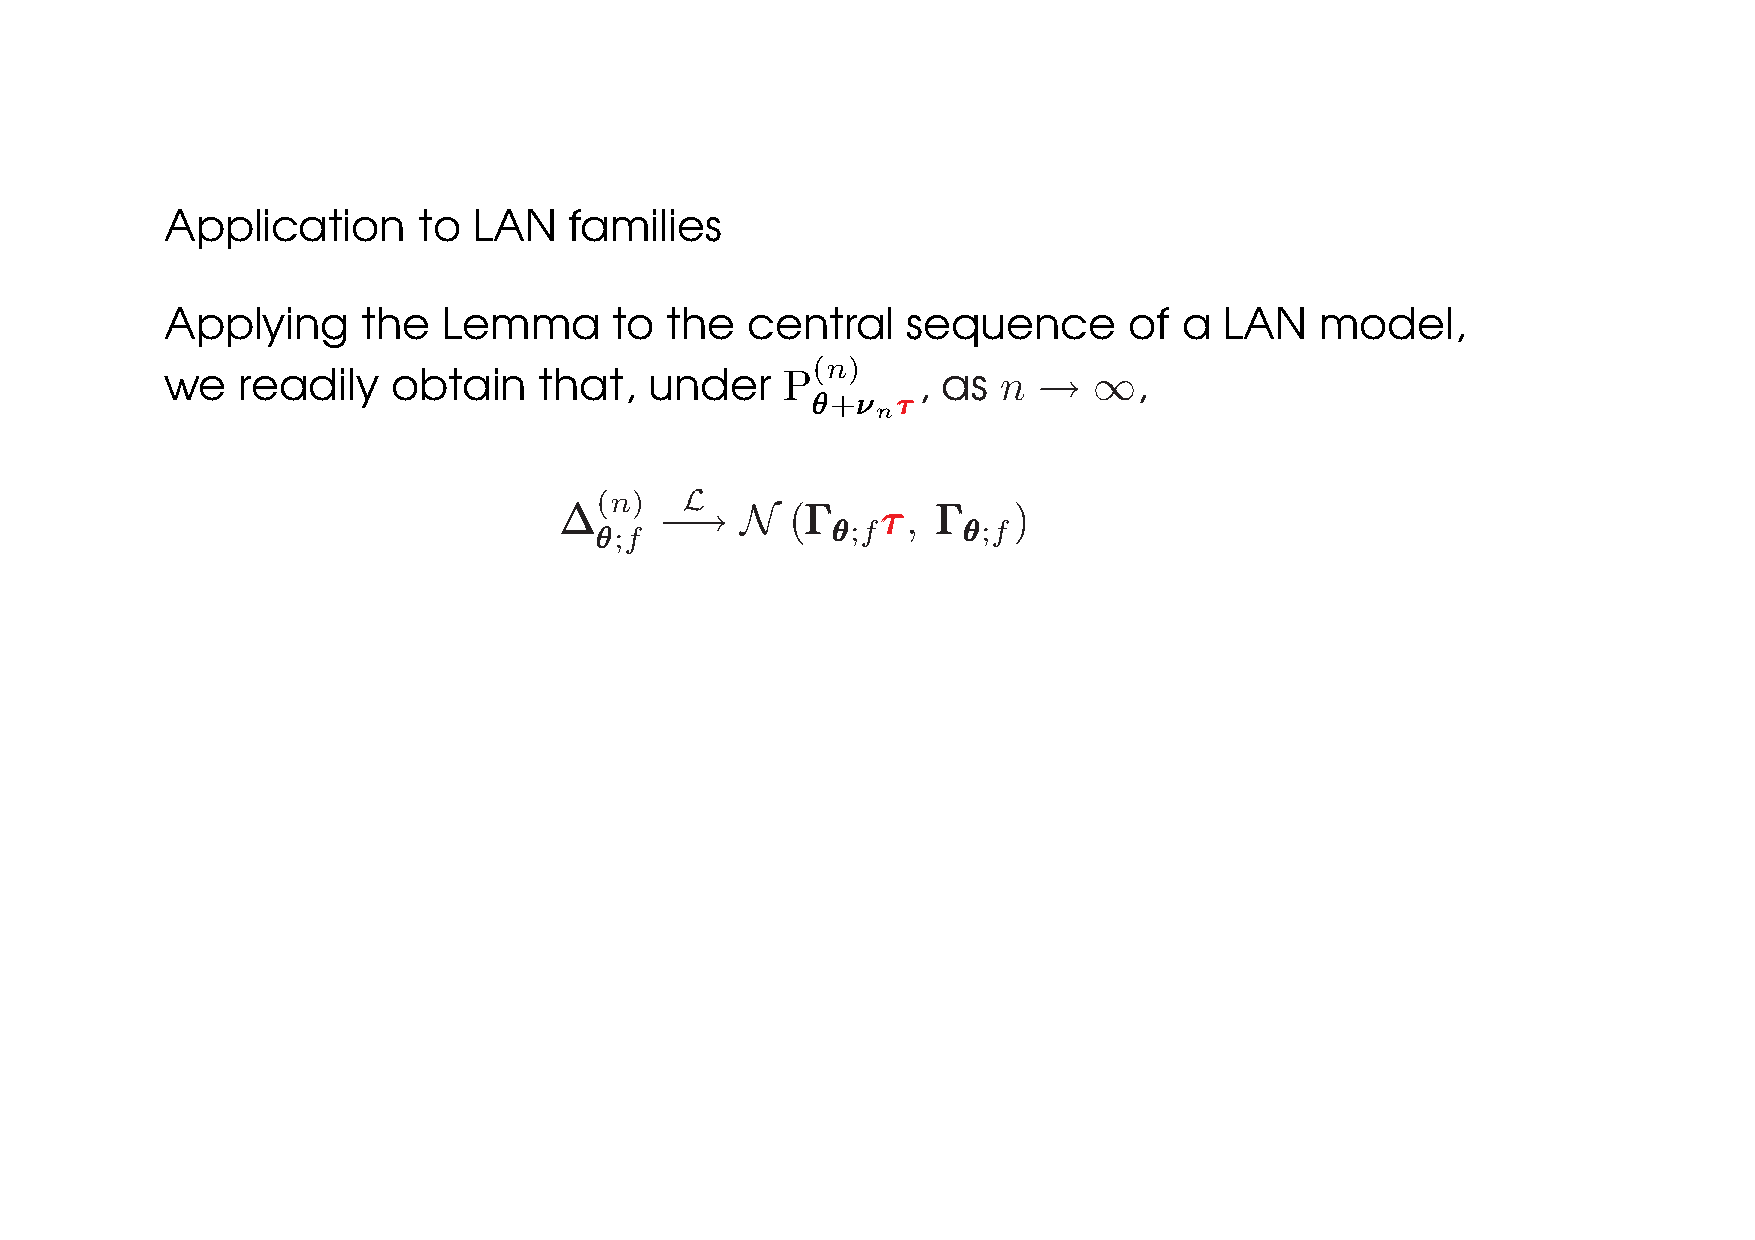
Application      to LAN    families
 Applying     the  Lemma       to the  central    sequence       of a  LAN   model,
 (n)
 we   readily   obtain    that,  under    P        , as n  →  ∞,
 θθθ+ννν τττ
 n
 (n)   L
 ∆∆∆    −→   N  (ΓΓΓ  τττ, ΓΓΓ )
 θθθ;f
 θθθ;f    θθθ;f
 LE CAM’S ASYMPTOTIC THEORY IN A NUTSHELL –p.23/46